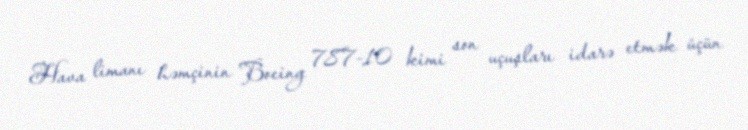
Hava limanı həmçinin Boeing 787-10 kimi son uçuşları idarə etmək üçün